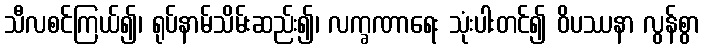
သီလစင်ကြယ်၍၊ ရုပ်နာမ်သိမ်းဆည်း၍၊ လက္ခဏာရေး သုံးပါးတင်၍ ဝိပဿနာ လွန်စွာ